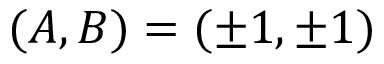
( A , B ) = ( \pm 1 , \pm 1 )